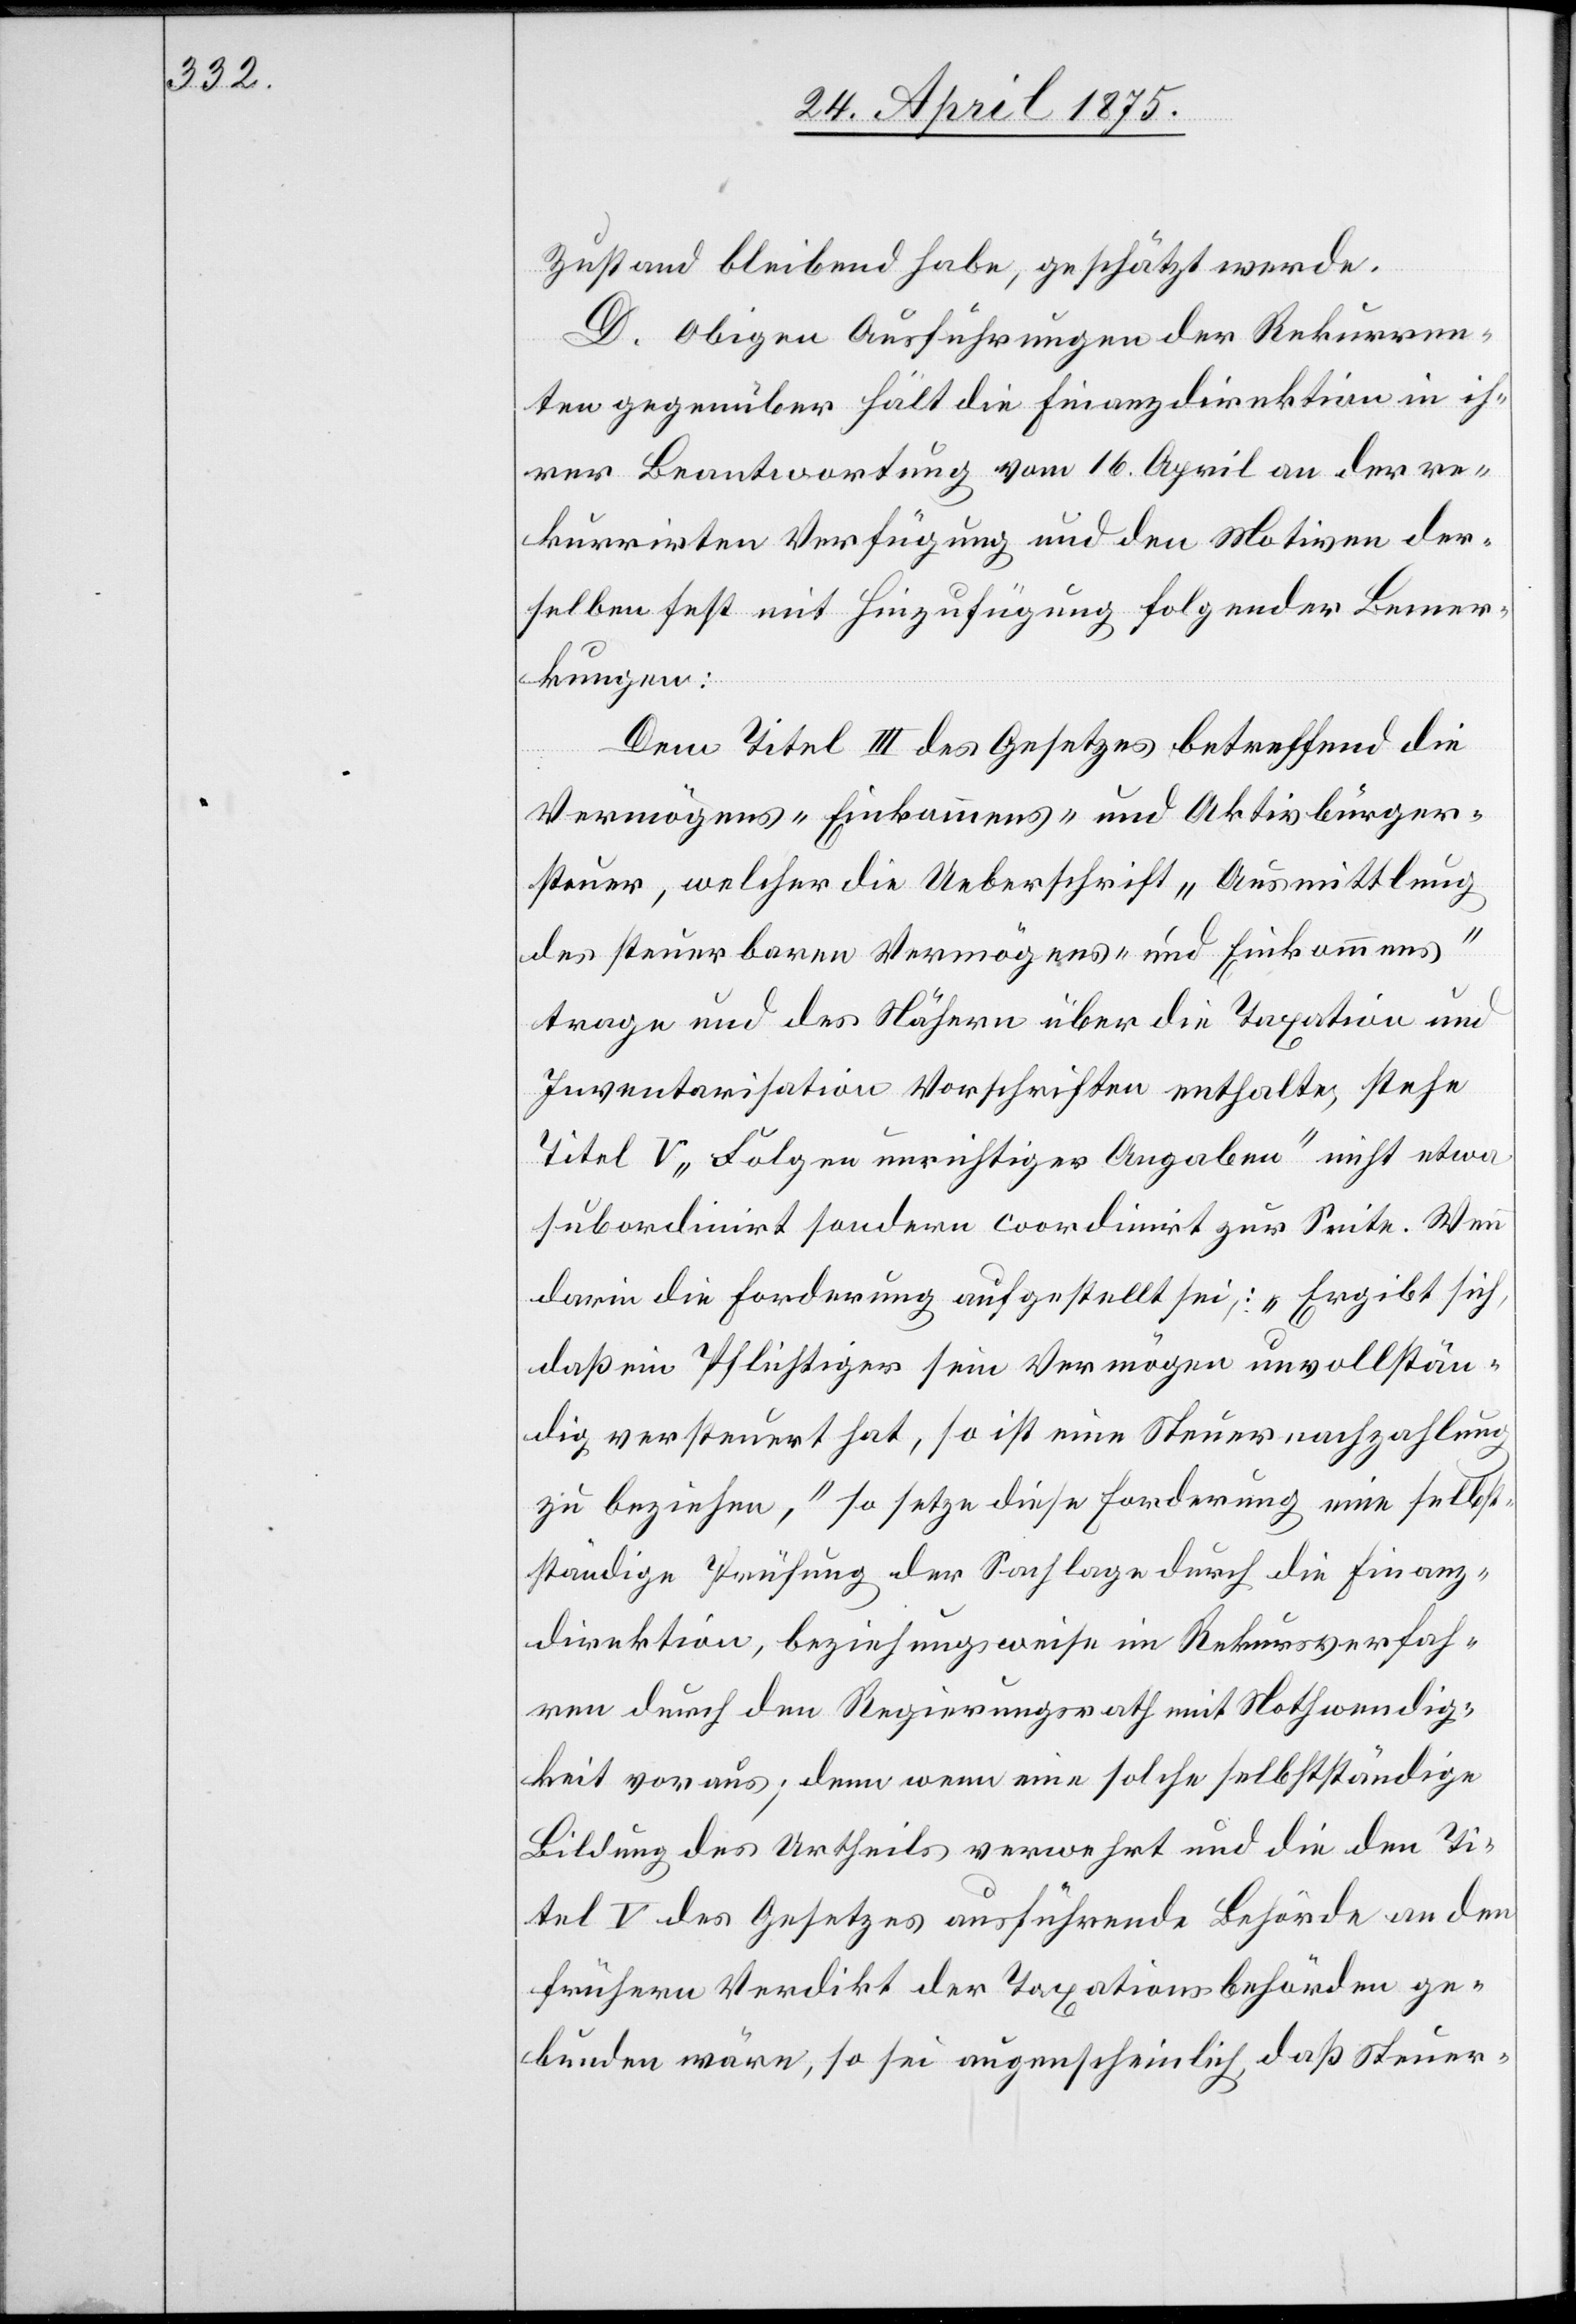
Zustand bleiben habe, geschätzt werde.
D. Obigen Ausführungen der Rekurren¬
ten gegenüber hält die Finanzdirektion in ih¬
rer Beantwortung vom 16. April an der re¬
kurrirten Verfügung und den Motiven der¬
selben fest mit Hinzufügung folgender Bemer¬
kungen:
Dem Titel III des Gesetzes betreffend die
Vermögens- Einkommens- und Aktivbürger¬
steuer, welcher die Ueberschrift „Ausmittlung
des steuerbaren Vermögens und Einkommens„
trage und des Nähern über die Taxation und
Inventarisation Vorschriften enthalte, stehe
Titel V „Folgen unrichtiger Ausgaben“ nicht etwa
subordinirt sondern coordinirt zur Seite. Wenn
darin die Forderung aufgestellt sei: „ Ergibt sich,
daß ein Pflichtiger sein Vermögen unvollstän¬
dig versteuert hat, so ist eine Steuernachzahlung
zu beziehen“, so setze diese Forderung eine selbst¬
ständige Prüfung der Sachlage durch die Finanz¬
direktion, beziehungsweise im Rekursverfah¬
ren durch den Regierungsrath mit Nothwendig¬
keit voraus; denn wenn eine solche selbstständige
Bildung des Urtheils verwehrt und die den Ti¬
tel V des Gesetzes ausführende Behörde an den
frühern Verdikt der Taxationsbehörde ge¬
bunden wäre, so sei augenscheinlich, daß Steuer-